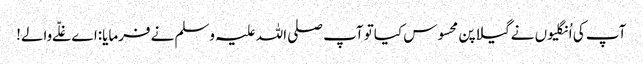
آپ کی اُنگلیوں نےگیلاپن محسوس کیاتو آپ صلی اللہ علیہ وسلم نےفرمایا:اےغلّےوالے!